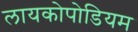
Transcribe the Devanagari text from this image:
लायकोपोडियम